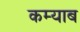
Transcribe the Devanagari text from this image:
कम्याब